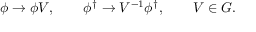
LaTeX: \phi \to \phi V , \qquad \phi ^ { \dag } \to V ^ { - 1 } \phi ^ { \dag } , \qquad V \in G .